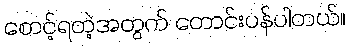
စောင့်ရတဲ့အတွက် တောင်းပန်ပါတယ်။